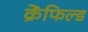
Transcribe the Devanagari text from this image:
क्रेंफिल्ड